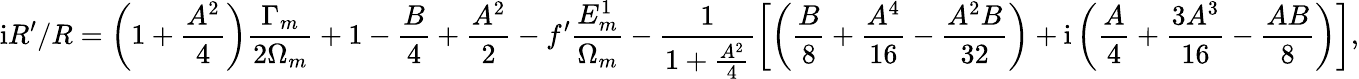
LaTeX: \mathrm{i}R^{\prime}/R=\left(1+\frac{A^{2}}{4}\right)\frac{\Gamma_{m}}{2\Omega_{m}}+1-\frac{B}{4}+\frac{A^{2}}{2}-f^{\prime}\frac{E_{m}^{1}}{\Omega_{m}}-\frac{1}{1+\frac{A^{2}}{4}}\left[\left(\frac{B}{8}+\frac{A^{4}}{16}-\frac{A^{2}B}{32}\right)+\mathrm{i}\left(\frac{A}{4}+\frac{3A^{3}}{16}-\frac{AB}{8}\right)\right],